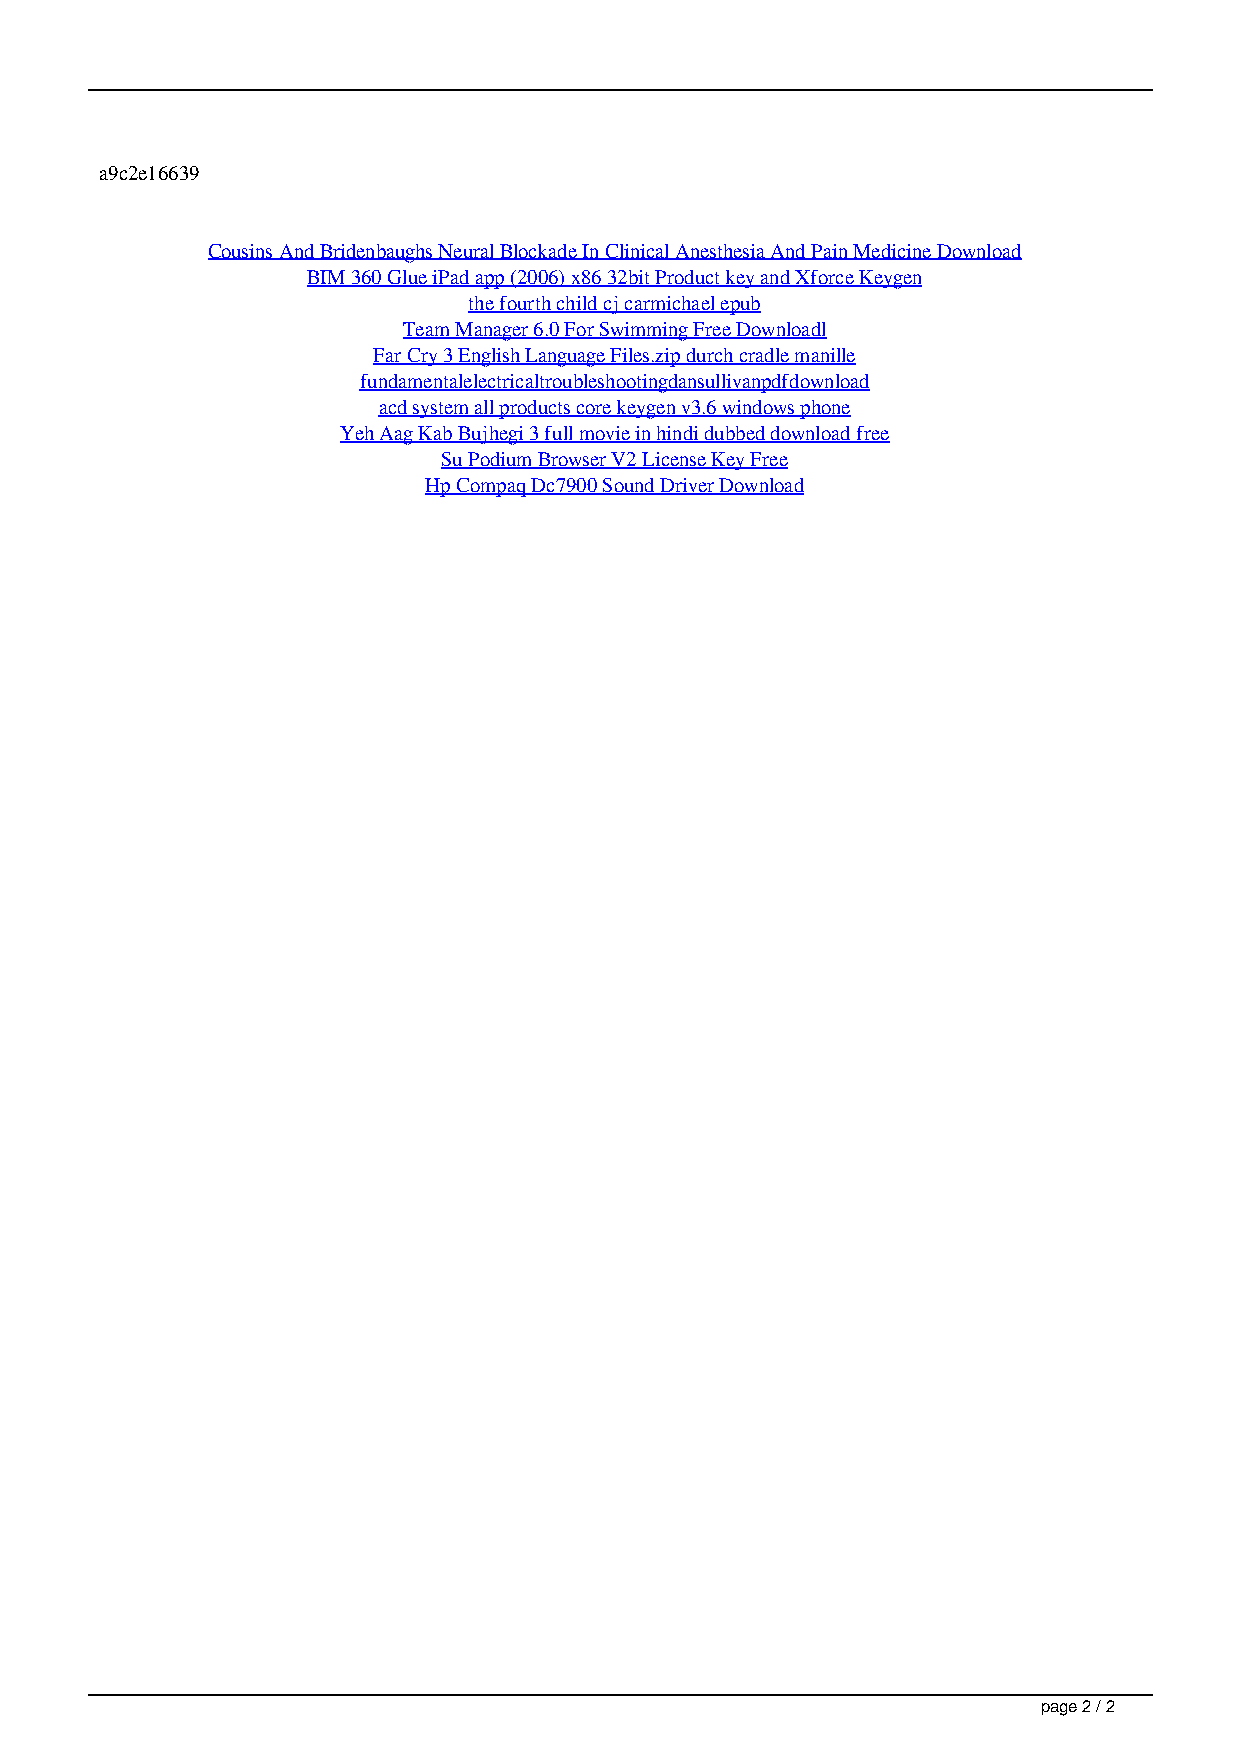
a9c2e16639
 Cousins And Bridenbaughs Neural Blockade In Clinical Anesthesia And Pain Medicine Download
 BIM 360 Glue iPad app (2006) x86 32bit Product key and Xforce Keygen
 the fourth child cj carmichael epub
 Team Manager 6.0 For Swimming Free Downloadl
 Far Cry 3 English Language Files.zip durch cradle manille
 fundamentalelectricaltroubleshootingdansullivanpdfdownload
 acd system all products core keygen v3.6 windows phone
 Yeh Aag Kab Bujhegi 3 full movie in hindi dubbed download free
 Su Podium Browser V2 License Key Free
 Hp Compaq Dc7900 Sound Driver Download
 page 2 / 2
 Anstoss 3 Originaldaten 11 12 Download cueste imtoo tales llaneras plano